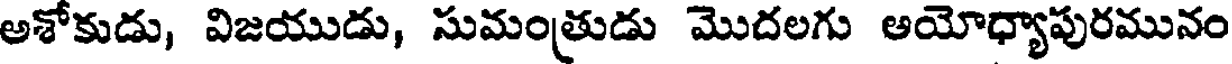
అశోకుడు, విజయుడు, సుమంతుడు మొదలగు అయోధ్యాపురమునం